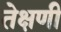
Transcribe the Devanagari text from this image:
तेक्षणी